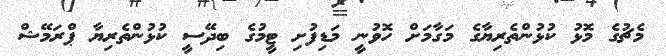
މެޗުގެ މޮޅު ކުޅުންތެރިޔާގެ މަގާމަށް ހޮވުނީ މަޑިފުށި ޓީމުގެ ބިދޭސީ ކުޅުންތެރިޔާ ޕްރަމޭޝް